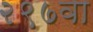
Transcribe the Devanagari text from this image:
२९७वा